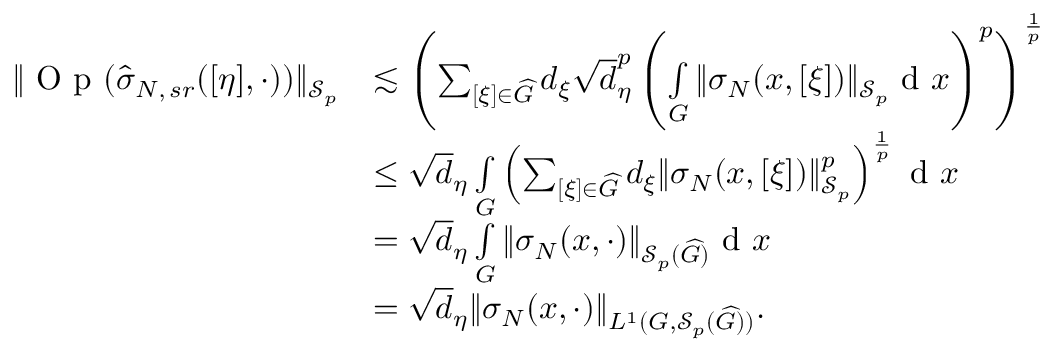
\begin{array} { r l } { \Vert \textnormal { O p } ( \widehat { \sigma } _ { N , \, s r } ( [ \eta ] , \cdot ) ) \Vert _ { \mathscr { S } _ { p } } } & { \lesssim \left( \sum _ { [ \xi ] \in \widehat { G } } d _ { \xi } \sqrt { d } _ { \eta } ^ { p } \left( \smallint _ { G } \Vert { \sigma } _ { N } ( x , [ \xi ] ) \Vert _ { \mathscr { S } _ { p } } \textnormal { d } x \right) ^ { p } \right) ^ { \frac { 1 } { p } } } \\ & { \leq \sqrt { d } _ { \eta } \smallint _ { G } \left( \sum _ { [ \xi ] \in \widehat { G } } d _ { \xi } \Vert { \sigma } _ { N } ( x , [ \xi ] ) \Vert _ { \mathscr { S } _ { p } } ^ { p } \right) ^ { \frac { 1 } { p } } \textnormal { d } x } \\ & { = \sqrt { d } _ { \eta } \smallint _ { G } \Vert { \sigma } _ { N } ( x , \cdot ) \Vert _ { \mathscr { S } _ { p } ( \widehat { G } ) } \textnormal { d } x } \\ & { = \sqrt { d } _ { \eta } \Vert { \sigma } _ { N } ( x , \cdot ) \Vert _ { L ^ { 1 } ( G , \mathscr { S } _ { p } ( \widehat { G } ) ) } . } \end{array}